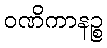
ဝဏိကာနဉ္စ